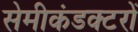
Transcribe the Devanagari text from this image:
सेमीकंडक्टरों